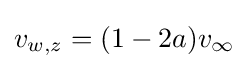
v_{w,z}=(1-2a)v_{\infty }